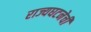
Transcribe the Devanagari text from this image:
राज्यघटनेची